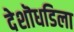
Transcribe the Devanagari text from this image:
देशॊधडिला